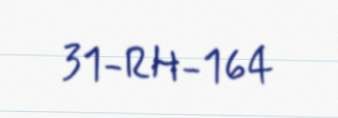
31-RH-164